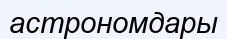
астрономдары